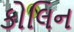
કોલિન